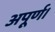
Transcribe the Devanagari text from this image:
अपूर्ण।